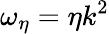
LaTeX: \omega_{\eta}=\eta k^{2}